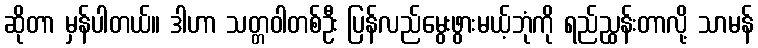
ဆိုတာ မှန်ပါတယ်။ ဒါဟာ သတ္တဝါတစ်ဦး ပြန်လည်မွေးဖွားမယ့်ဘုံကို ရည်ညွှန်းတာလို့ သာမန်